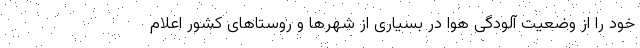
خود را از وضعیت آلودگی هوا در بسیاری از شهرها و روستاهای کشور اعلام